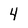
Character: 4